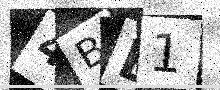
Text: 4BB1